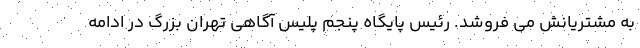
به مشتریانش می فروشد. رئیس پایگاه پنجم پلیس آگاهی تهران بزرگ در ادامه